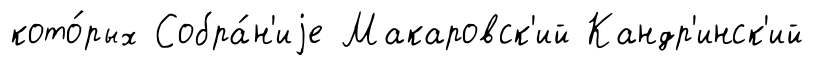
кото́рых Собра́н'иjе Макаровск'ий Кандр'инск'ий